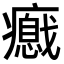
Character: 𤻦